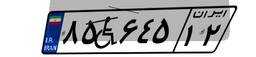
۸۹W۴۱۹۵۱